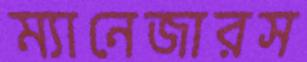
ম্যানেজারস